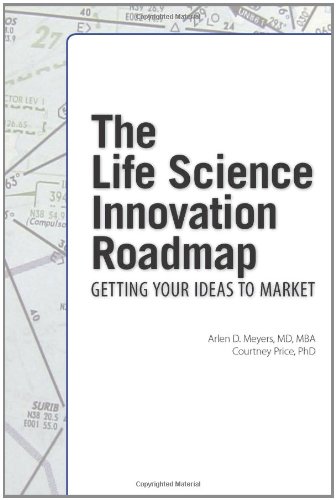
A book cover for The Life Science Innovation Roadmap: Bioscience Innovation Assessment, Planning, Strategy, Execution, and Implementation; Arlen D. Meyers; Business & Money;